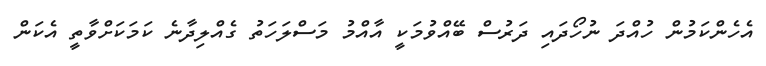
އެހެންކަމުން ހުއްދަ ނުހޯދައި ދަރުސް ބޭއްވުމަކީ އާއްމު މަސްލަހަތު ގެއްލިދާނެ ކަމަކަށްވާތީ އެކަން